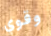
وقوي